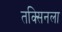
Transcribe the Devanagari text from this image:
तक्सिनला